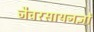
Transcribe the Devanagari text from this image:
जैवरसायनज्ञों